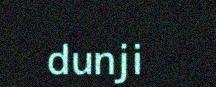
dunji